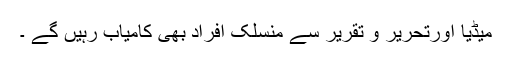
میڈیا اورتحریر و تقریر سے منسلک افراد بھی کامیاب رہیں گے ۔